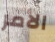
الأمر